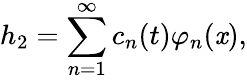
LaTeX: h_{2}=\sum_{n=1}^{\infty}c_{n}(t)\varphi_{n}(\mathit{x}),